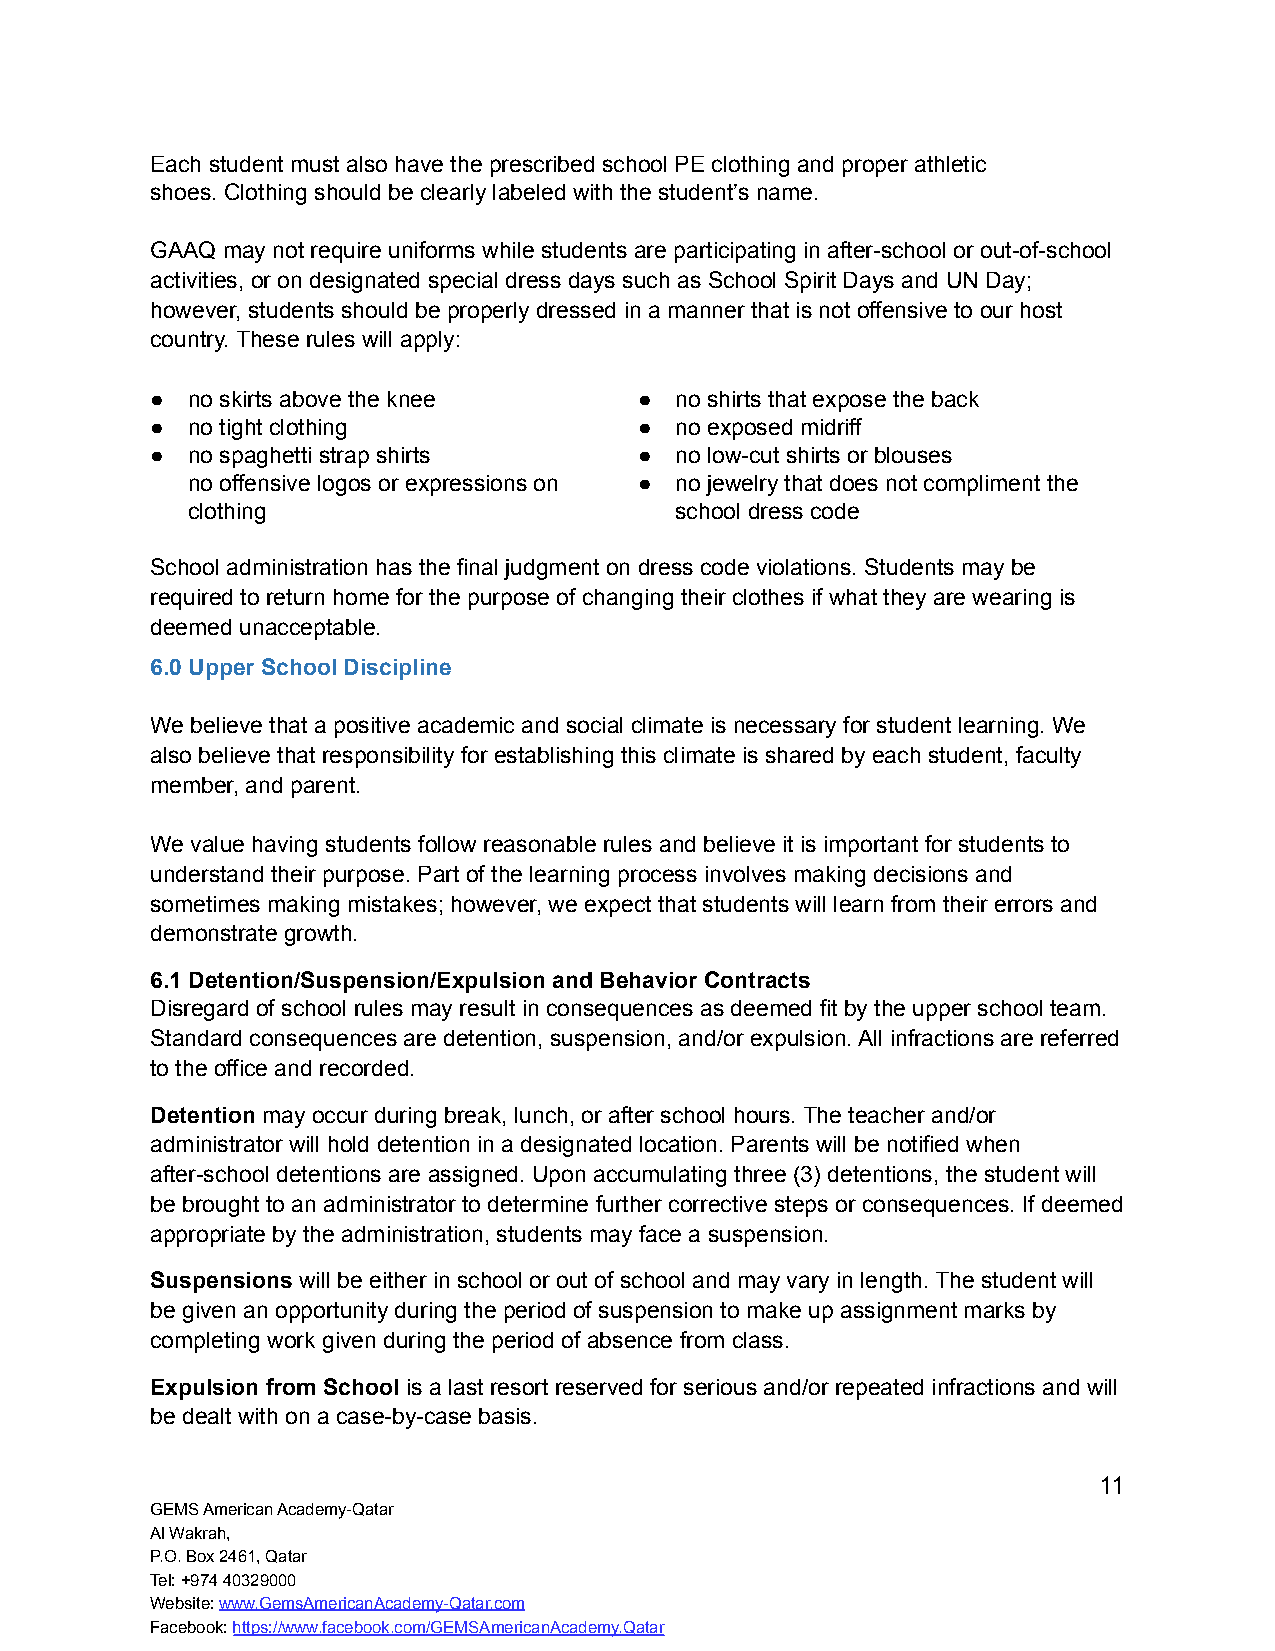
Each student must also have the prescribed school PE clothing and proper athletic
 shoes. Clothing should be clearly labeled with the student’s name.
 GAAQ may not require uniforms while students are participating in after-school or out-of-school
 activities, or on designated special dress days such as School Spirit Days and UN Day;
 however, students should be properly dressed in a manner that is not offensive to our host
 country. These rules will apply:
 ● no skirts above the knee      ●  no shirts that expose the back
 ● no tight clothing             ●  no exposed midriff
 ● no spaghetti strap shirts     ●  no low-cut shirts or blouses
 no offensive logos or expressions on ● no jewelry that does not compliment the
 clothing                         school dress code
 School administration has the final judgment on dress code violations. Students may be
 required to return home for the purpose of changing their clothes if what they are wearing is
 deemed unacceptable.
 6.0 Upper School Discipline
 We believe that a positive academic and social climate is necessary for student learning. We
 also believe that responsibility for establishing this climate is shared by each student, faculty
 member, and parent.
 We value having students follow reasonable rules and believe it is important for students to
 understand their purpose. Part of the learning process involves making decisions and
 sometimes making mistakes; however, we expect that students will learn from their errors and
 demonstrate growth.
 6.1 Detention/Suspension/Expulsion and Behavior Contracts
 Disregard of school rules may result in consequences as deemed fit by the upper school team.
 Standard consequences are detention, suspension, and/or expulsion. All infractions are referred
 to the office and recorded.
 Detention may occur during break, lunch, or after school hours. The teacher and/or
 administrator will hold detention in a designated location. Parents will be notified when
 after-school detentions are assigned. Upon accumulating three (3) detentions, the student will
 be brought to an administrator to determine further corrective steps or consequences. If deemed
 appropriate by the administration, students may face a suspension.
 Suspensions will be either in school or out of school and may vary in length. The student will
 be given an opportunity during the period of suspension to make up assignment marks by
 completing work given during the period of absence from class.
 Expulsion from School is a last resort reserved for serious and/or repeated infractions and will
 be dealt with on a case-by-case basis.
 11
 GEMS American Academy-Qatar
 Al Wakrah,
 P.O. Box 2461, Qatar
 Tel: +974 40329000
 Website:www.GemsAmericanAcademy-Qatar.com
 Facebook:https://www.facebook.com/GEMSAmericanAcademy.Qatar